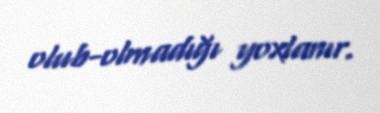
olub-olmadığı yoxlanır.